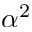
\alpha ^ { 2 }